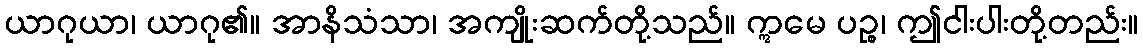
ယာဂုယာ၊ ယာဂု၏။ အာနိသံသာ၊ အကျိုးဆက်တို့သည်။ ဣမေ ပဉ္စ၊ ဤငါးပါးတို့တည်း။